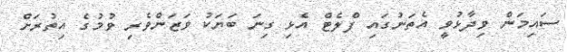
ސައިމަން ވިދާޅުވީ އެތަނުގައި ފްލެޓް އެޅި ގިނަ ބަޔަކު ވަޒަންވެރި ވުމުގެ އިތުރަށް